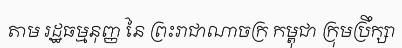
តាម រដ្ឋធម្មនុញ្ញ នៃ ព្រះរាជាណាចក្រ កម្ពុជា ក្រុមប្រឹក្សា